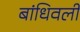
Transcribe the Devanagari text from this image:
बांधिवली